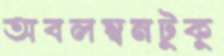
অবলম্বনটুকু